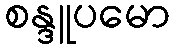
စန္ဒူပမော